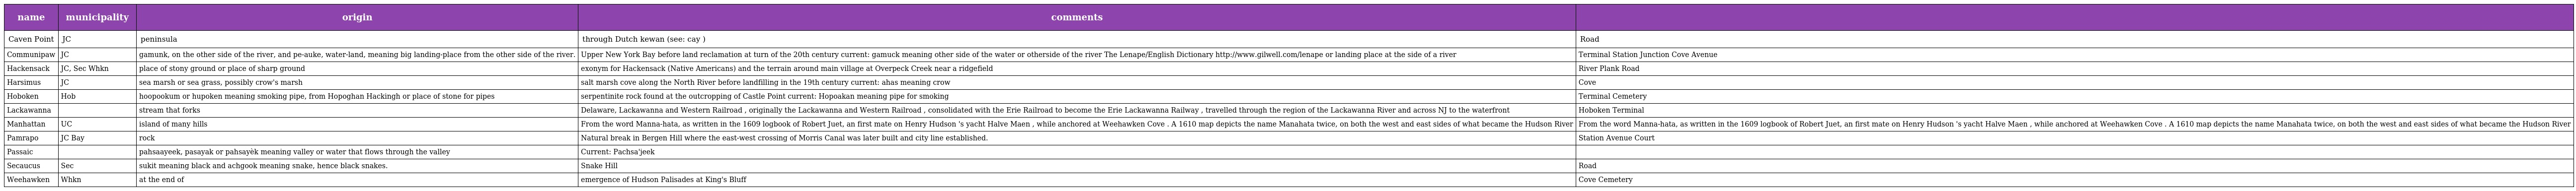
| name | municipality | origin | comments |  |
 | --- | --- | --- | --- | --- |
 | Caven Point | JC | peninsula | through Dutch kewan (see: cay ) | Road |
 | Communipaw | JC | gamunk, on the other side of the river, and pe-auke, water-land, meaning big landing-place from the other side of the river. | Upper New York Bay before land reclamation at turn of the 20th century current: gamuck meaning other side of the water or otherside of the river The Lenape/English Dictionary http://www.gilwell.com/lenape or landing place at the side of a river | Terminal Station Junction Cove Avenue |
 | Hackensack | JC, Sec Whkn | place of stony ground or place of sharp ground | exonym for Hackensack (Native Americans) and the terrain around main village at Overpeck Creek near a ridgefield | River Plank Road |
 | Harsimus | JC | sea marsh or sea grass, possibly crow's marsh | salt marsh cove along the North River before landfilling in the 19th century current: ahas meaning crow | Cove |
 | Hoboken | Hob | hoopookum or hupoken meaning smoking pipe, from Hopoghan Hackingh or place of stone for pipes | serpentinite rock found at the outcropping of Castle Point current: Hopoakan meaning pipe for smoking | Terminal Cemetery |
 | Lackawanna |  | stream that forks | Delaware, Lackawanna and Western Railroad , originally the Lackawanna and Western Railroad , consolidated with the Erie Railroad to become the Erie Lackawanna Railway , travelled through the region of the Lackawanna River and across NJ to the waterfront | Hoboken Terminal |
 | Manhattan | UC | island of many hills | From the word Manna-hata, as written in the 1609 logbook of Robert Juet, an first mate on Henry Hudson 's yacht Halve Maen , while anchored at Weehawken Cove . A 1610 map depicts the name Manahata twice, on both the west and east sides of what became the Hudson River | From the word Manna-hata, as written in the 1609 logbook of Robert Juet, an first mate on Henry Hudson 's yacht Halve Maen , while anchored at Weehawken Cove . A 1610 map depicts the name Manahata twice, on both the west and east sides of what became the Hudson River |
 | Pamrapo | JC Bay | rock | Natural break in Bergen Hill where the east-west crossing of Morris Canal was later built and city line established. | Station Avenue Court |
 | Passaic |  | pahsaayeek, pasayak or pahsayèk meaning valley or water that flows through the valley | Current: Pachsa'jeek |  |
 | Secaucus | Sec | sukit meaning black and achgook meaning snake, hence black snakes. | Snake Hill | Road |
 | Weehawken | Whkn | at the end of | emergence of Hudson Palisades at King's Bluff | Cove Cemetery |